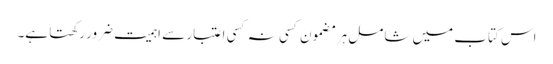
اس کتاب میں شامل ہر مضمون کسی نہ کسی اعتبار سے اہمیت ضرور رکھتا ہے۔